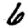
Digit: 6